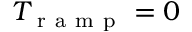
T _ { \mathrm { ~ r ~ a ~ m ~ p ~ } } = 0